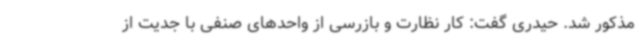
مذکور شد. حیدری گفت: کار نظارت و بازرسی از واحدهای صنفی با جدیت از